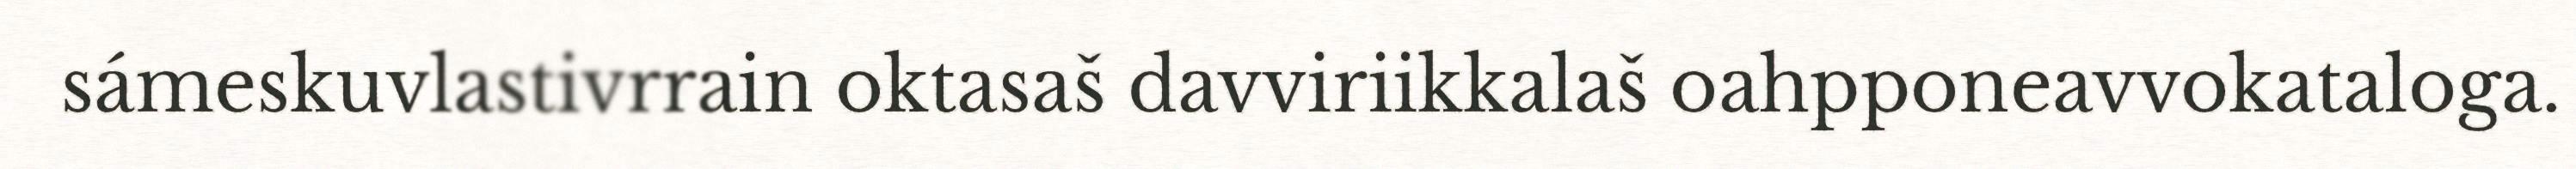
sámeskuvlastivrrain oktasaš davviriikkalaš oahpponeavvokataloga.